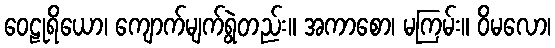
ဝေဠုရိယော၊ ကျောက်မျက်ရွဲတည်း။ အကာစော၊ မကြမ်း။ ဝိမလော၊